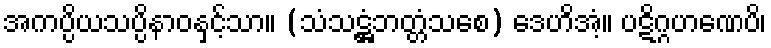
အကပ္ပိယသပ္ပိနာဝနှင့်သာ။ (သံသဋ္ဌံဘတ္တံသစေ) ဒေဟိအံ့။ ပဋိဂ္ဂဟဏေပိ၊